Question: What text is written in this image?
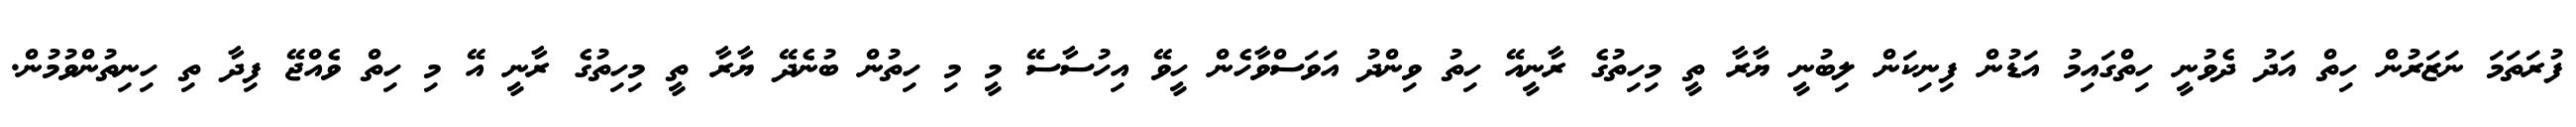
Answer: ފުރަތަމަ ނަޒަރުން ހިތް އަދު ދެވުނީ ހިތްގައިމު އަޑުން ފިނިކަން ލިބުނީ ޔާރާ ތީ މިހިތުގެ ރާނީއޭ ހިތު ވިންދު އަވަސްވާހެން ހީވޭ އިހުސާސޭ މީ މި ހިތުން ބުނެދޭ ޔާރާ ތީ މިހިތުގެ ރާނީ އޭ މި ހިތް ވެއްޖޭ ފިދާ ތި ހިނިތުންވުމުން.